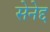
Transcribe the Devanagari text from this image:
सेनेद्द